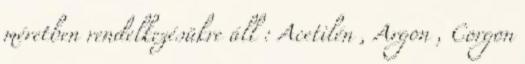
méretben rendelkezésükre áll : Acetilén , Argon , Corgon